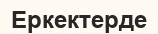
Еркектерде